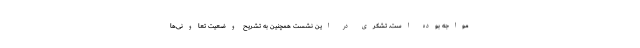
مواجه بوده است. تشکری در این نشست همچنین به تشریح وضعیت تعاونی‌ها